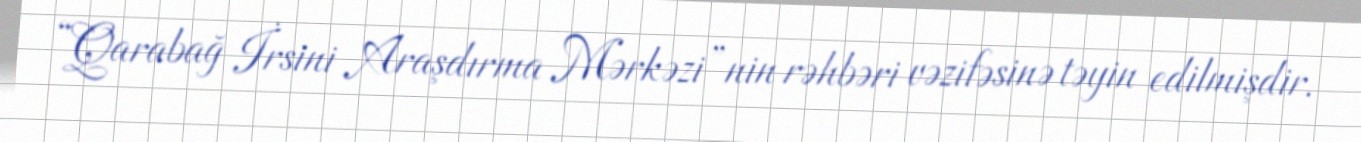
“Qarabağ İrsini Araşdırma Mərkəzi”nin rəhbəri vəzifəsinə təyin edilmişdir.